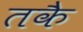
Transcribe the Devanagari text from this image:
तकै